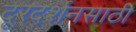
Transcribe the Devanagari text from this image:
दूरदर्शनसाठी